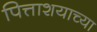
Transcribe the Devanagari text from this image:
पित्ताशयाच्या